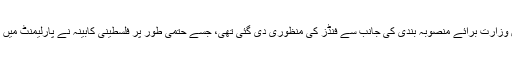
قبل ازیں وزارت برائے منصوبہ بندی کی جانب سے فنڈز کی منظوری دی گئی تھی، جسے حتمی طور پر فلسطینی کابینہ نے پارلیمنٹ میں پیش کیا۔